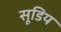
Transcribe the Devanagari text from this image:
सूडिय